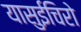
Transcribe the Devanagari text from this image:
यासुईचिरो